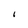
Character: I